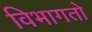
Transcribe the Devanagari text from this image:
विभागतो